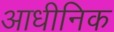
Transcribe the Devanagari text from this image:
आधीनिक